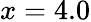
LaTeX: x=4.0